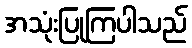
အသုံးပြုကြပါသည်